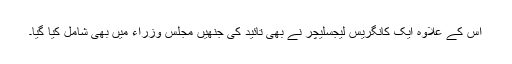
اس کے علاوہ ایک کانگریس لیجسلیچر نے بھی تائید کی جنھیں مجلس وزراء میں بھی شامل کیا گیا۔